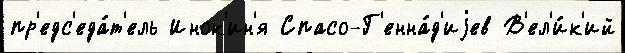
пр'едс'еда́т'ель Инок'ин'я Спасо-Г'енна́д'иjев В'ел'и́к'ий